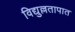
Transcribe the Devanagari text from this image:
विद्युल्लतापात